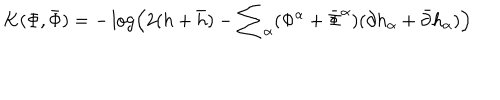
K ( \Phi , { \bar { \Phi } } ) = - \log \left( 2 ( h + { \bar { h } } ) - { \sum } _ { \alpha } ( { \Phi } ^ { \alpha } + { \bar { \Phi } } ^ { \alpha } ) ( { \partial h } _ { \alpha } + { \bar { \partial } } { h } _ { \alpha } ) \right)